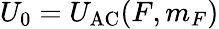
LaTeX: U_{0}=U_{\mathrm{{AC}}}(F,m_{F})